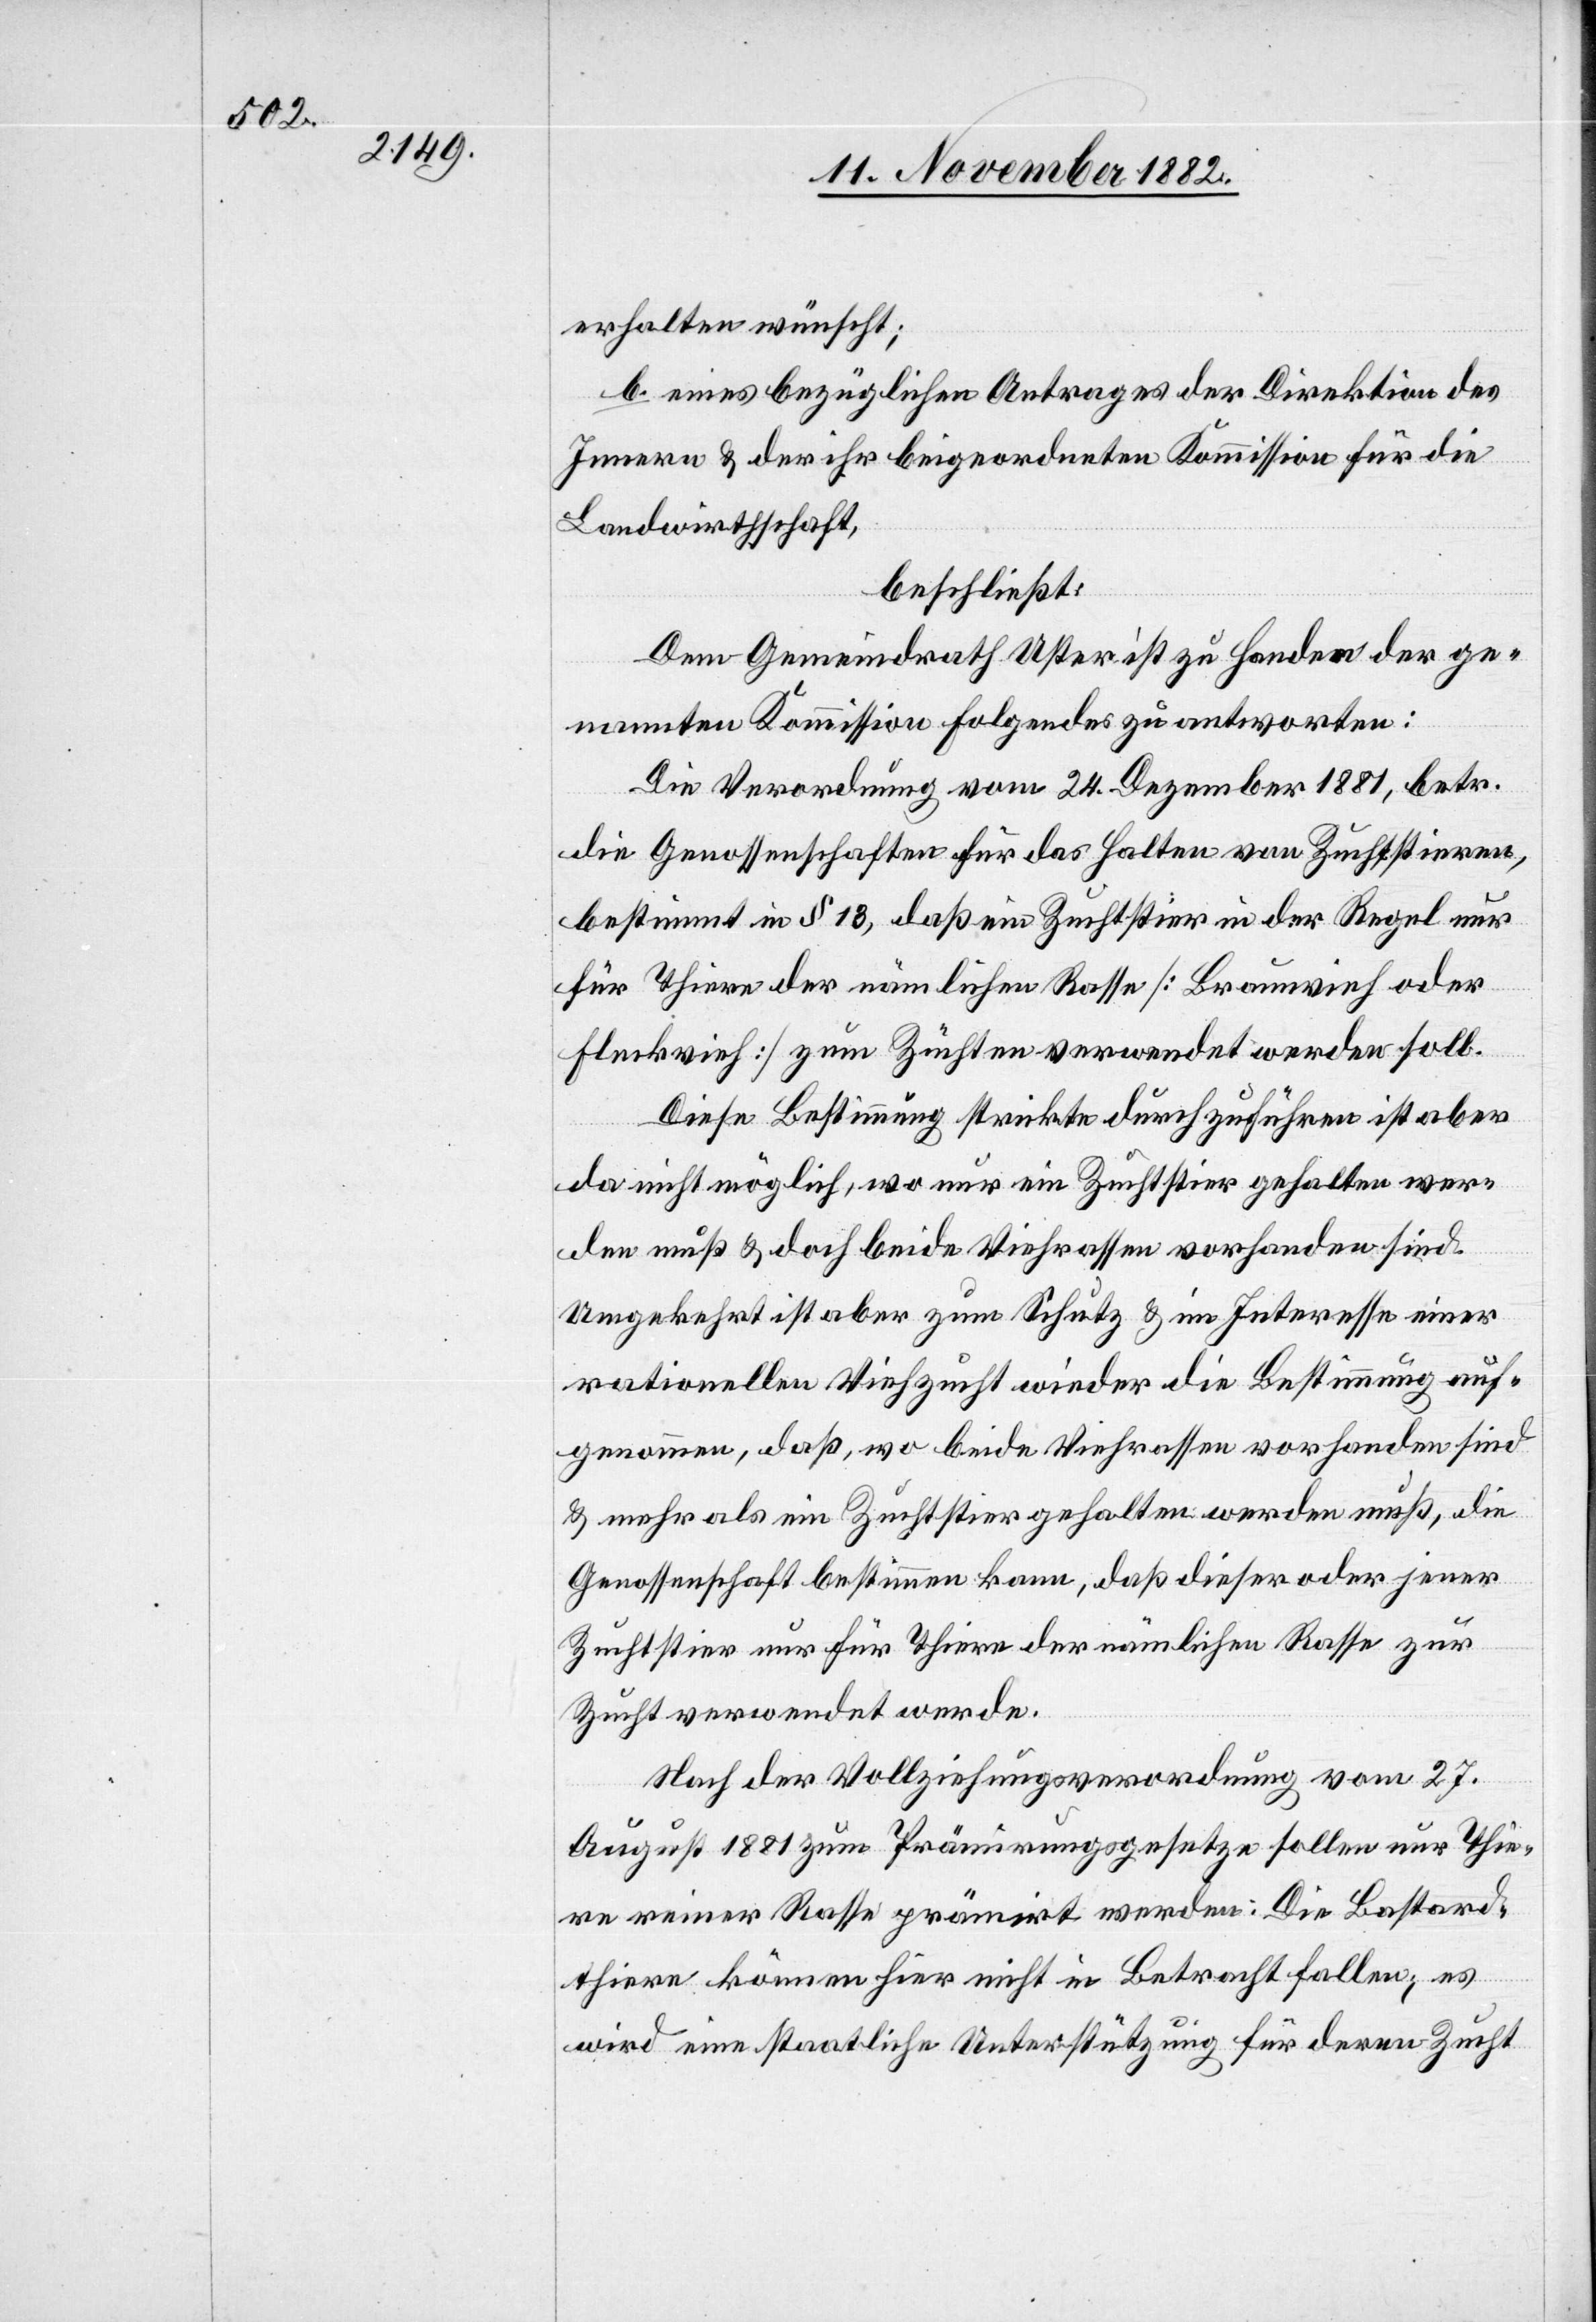
erhalten wünscht;
b. eines bezüglichen Antrages der Direktion des
Innern & der ihr beigeordneten Kommission für die
Landwirthschaft,
beschließt:
Dem Gemeindrath Uster ist zu Handen der ge¬
nannten Kommission Folgendes zu antworten:
Die Verordnung vom 24. Dezember 1881, betr.
die Genossenschaften für das Halten von Zuchtstieren,
bestimmt in § 13, daß ein Zuchtstier in der Regel nur
für Thiere der nämlichen Rasse [Braunvieh oder
Fleckvieh] zum Züchten verwendet werden soll.
Diese Bestimmung strickte durchzuführen ist aber
da nicht möglich, wo nur ein Zuchtstier gehalten wer¬
den muß & doch beide Viehrassen vorhanden sind.
Umgekehrt ist aber zum Schutz & im Interesse einer
rationellen Viehzucht wieder die Bestimmung auf¬
genommen, daß, wo beide Viehrassen vorhanden sind
& mehr als ein Zuchtstier gehalten werden muß, die
Genossenschaft bestimmen kann, daß dieser oder jener
Zuchtstier nur für Thiere der nämlichen Rasse zur
Zucht verwendet werde.
Nach der Vollziehungsverordnung vom 27.
August 1881 zum Prämirungsgesetze sollen nur Thie¬
re reiner Rasse prämirt werden: Die Bastard¬
thiere können hier nicht in Betracht fallen; es
wird eine staatliche Unterstützung für deren Zucht